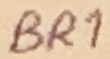
Text: BR1